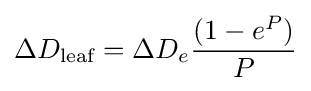
\Delta D_{\text{leaf}}=\Delta D_{e}{\frac {(1-e^{P})}{P}}